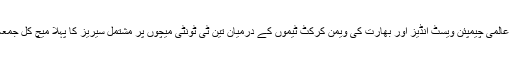
17 نومبر2016ء) عالمی چیمپئن ویسٹ انڈیز اور بھارت کی ویمن کرکٹ ٹیموں کے درمیان تین ٹی ٹونٹی میچوں پر مشتمل سیریز کا پہلا میچ کل جمعہ کو کھیلا جائے گا۔